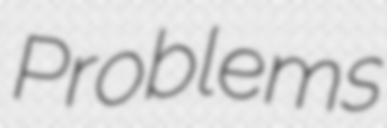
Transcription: Problems